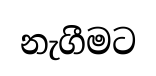
නැගීමට